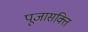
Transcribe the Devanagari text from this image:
पूजासक्ति